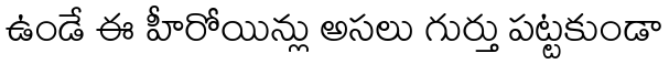
ఉండే ఈ హీరోయిన్లు అసలు గుర్తు పట్టకుండా